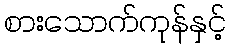
စားသောက်ကုန်နှင့်